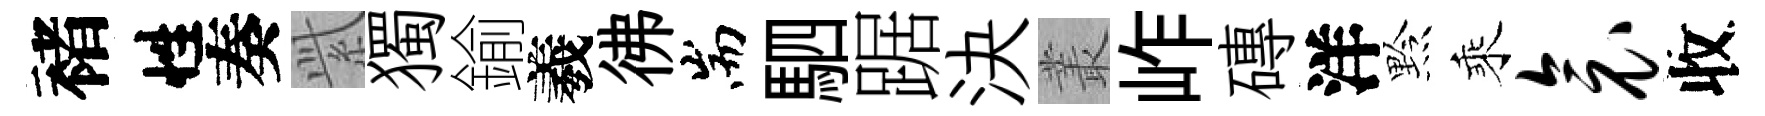
褚性奏𬗋獨鍮羲彿耑駟踞決叢岞磚洋黔乘衾收